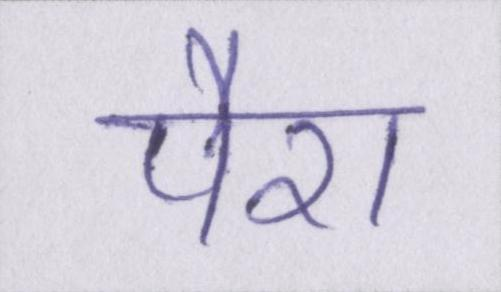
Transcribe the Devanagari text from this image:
पैरा